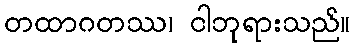
တထာဂတဿ၊ ငါဘုရားသည်။